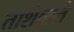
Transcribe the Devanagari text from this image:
ताशेवाले